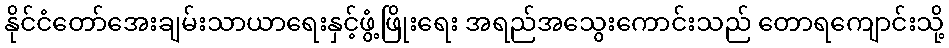
နိုင်ငံတော်အေးချမ်းသာယာရေးနှင့်ဖွံ့ဖြိုးရေး အရည်အသွေးကောင်းသည် တောရကျောင်းသို့